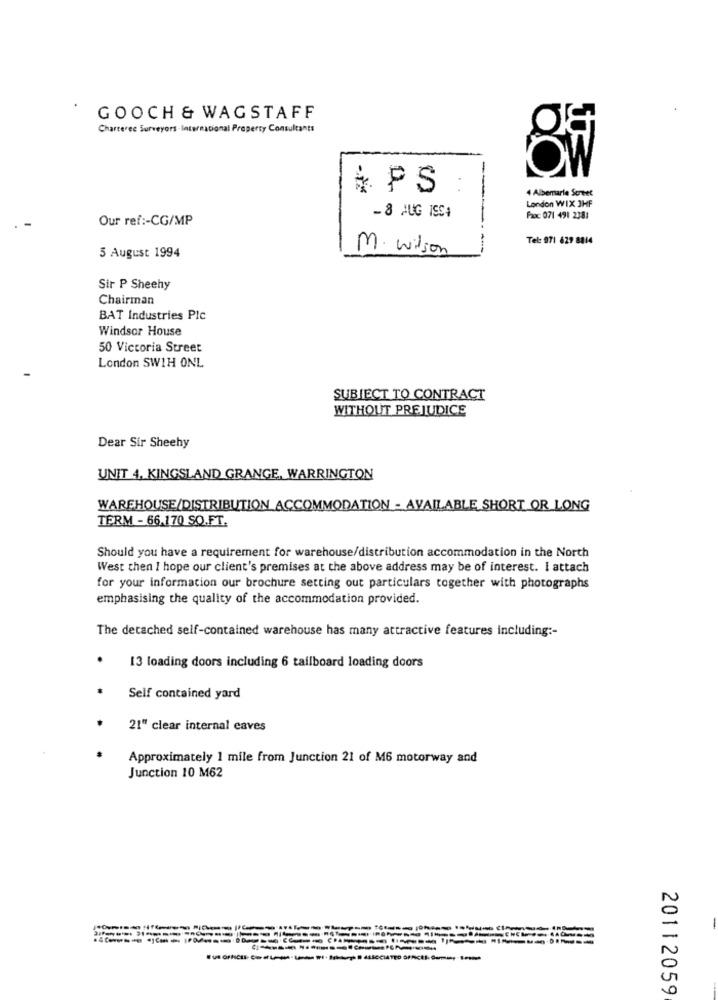
GOOCH & WAGSTAFF
C
Charteree Surveyors- International Property Consultants
ÕW
& PS
4 Albemarle Screec
London WIX JHF
Our ref :- CG/MP
-8 AUG ISCA
Proc 071 491 2381
Tel: 971 629 8814
M. Wilson
5 August 1994
Sir P Sheehy
Chairman
BAT Industries Plc
Windsor House
50 Victoria Street
London SWIH ONL
SUBIECT TO CONTRACT
WITHOUT PREJUDICE
Dear Sir Sheehy
UNIT 4, KINGSLAND GRANGE, WARRINGTON
WAREHOUSE/DISTRIBUTION_ACCOMMODATION - AVAILABLE SHORT OR LONG
TERM - 66.170 SQ.FT.
Should you have a requirement for warehouse/distribution accommodation in the North
West then I hope our client's premises at the above address may be of interest. I attach
for your information our brochure setting out particulars together with photographs
emphasising the quality of the accommodation provided.
The detached self-contained warehouse has many attractive features including :-
13 loading doors including 6 tailboard loading doors
Self contained yard
21" clear internal eaves
Approximately 1 mile from Junction 21 of M6 motorway and
Junction 10 M62
20112059